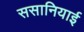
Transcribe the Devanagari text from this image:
ससानियाई